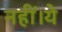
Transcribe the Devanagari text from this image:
नहीं।ये